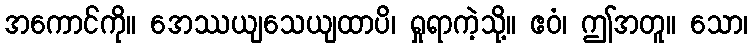
အကောင်ကို။ အေဿယျသေယျထာပိ၊ ရှုရာကဲ့သို့။ ဧဝံ၊ ဤအတူ။ သော၊